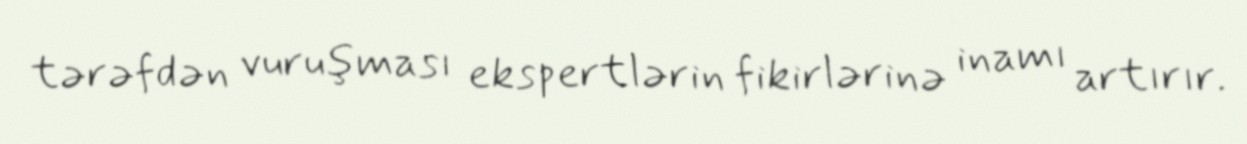
tərəfdən vuruşması ekspertlərin fikirlərinə inamı artırır.